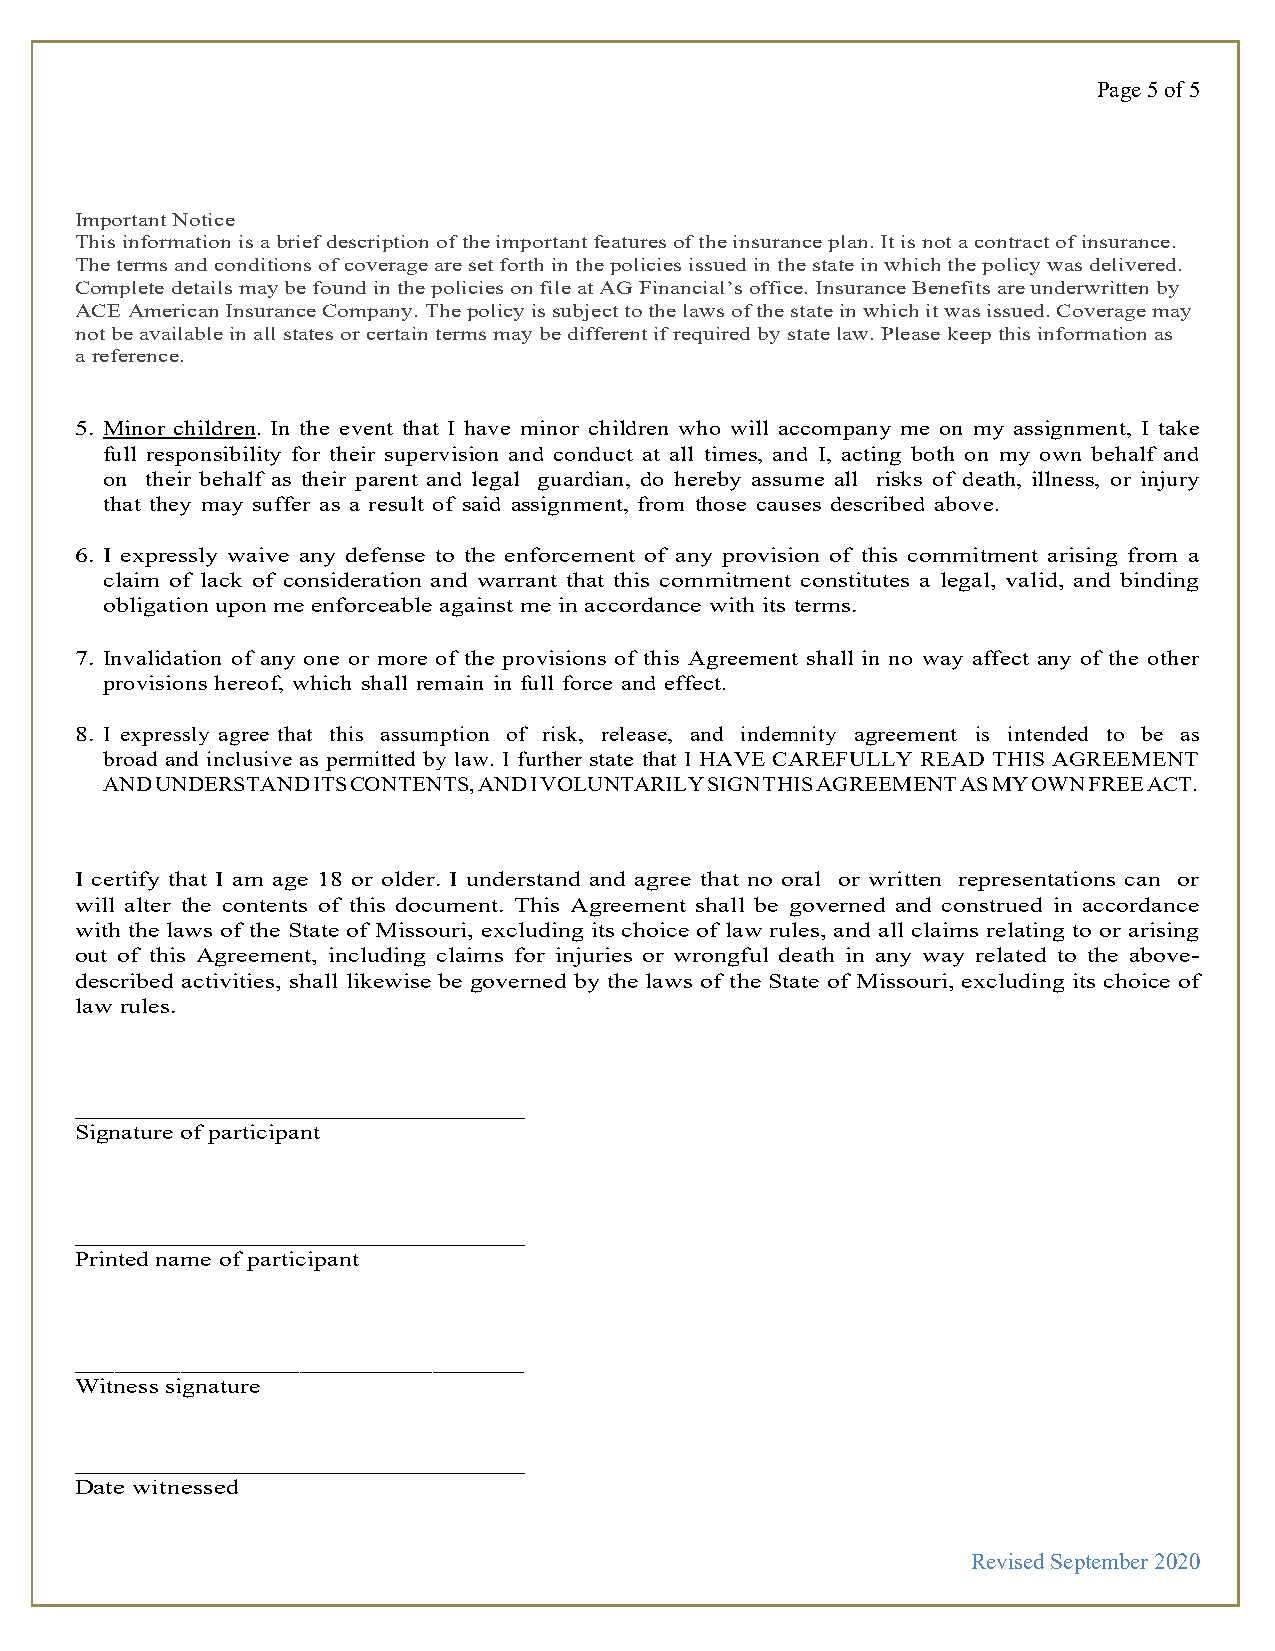
Page 5 of 5
 Important Notice
 This information is a brief description of the important features of the insurance plan. It is not a contract of insurance.
 The terms and conditions of coverage are set forth in the policies issued in the state in which the policy was delivered.
 Complete details may be found in the policies on file at AG Financial’s office. Insurance Benefits are underwritten by
 ACE American Insurance Company. The policy is subject to the laws of the state in which it was issued. Coverage may
 not be available in all states or certain terms may be different if required by state law. Please keep this information as
 a reference.
 5. Minor children. In the event that I have minor children who will accompany me on my assignment, I take
 full responsibility for their supervision and conduct at all times, and I, acting both on my own behalf and
 on their behalf as their parent and legal guardian, do hereby assume all risks of death, illness, or injury
 that they may suffer as a result of said assignment, from those causes described above.
 6. I expressly waive any defense to the enforcement of any provision of this commitment arising from a
 claim of lack of consideration and warrant that this commitment constitutes a legal, valid, and binding
 obligation upon me enforceable against me in accordance with its terms.
 7. Invalidation of any one or more of the provisions of this Agreement shall in no way affect any of the other
 provisions hereof, which shall remain in full force and effect.
 8. I expressly agree that this assumption of risk, release, and indemnity agreement is intended to be as
 broad and inclusive as permitted by law. I further state that I HAVE CAREFULLY READ THIS AGREEMENT
 AND UNDERSTAND ITS CONTENTS, AND I VOLUNTARILY SIGN THIS AGREEMENT AS MY OWN FREE ACT.
 I certify that I am age 18 or older. I understand and agree that no oral or written representations can or
 will alter the contents of this document. This Agreement shall be governed and construed in accordance
 with the laws of the State of Missouri, excluding its choice of law rules, and all claims relating to or arising
 out of this Agreement, including claims for injuries or wrongful death in any way related to the above-
 described activities, shall likewise be governed by the laws of the State of Missouri, excluding its choice of
 law rules.
 Signature of participant
 Printed name of participant
 Witness signature
 Date witnessed
 Revised September 2020